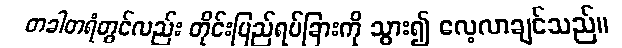
တခါတရံတွင်လည်း တိုင်းပြည်ရပ်ခြားကို သွား၍ လေ့လာချင်သည်။